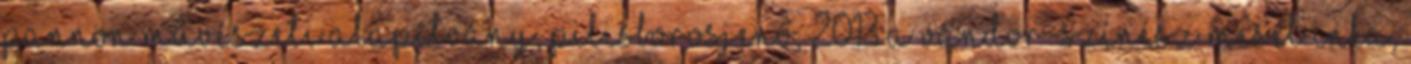
Pannon Művészeti Alapítvány, Pilisborosjenő, 2013 A vándor-színész mesél Inka,